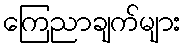
ကြေညာချက်များ